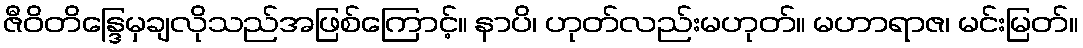
ဇီဝိတိန္ဒြေမှချလိုသည်အဖြစ်ကြောင့်။ နာပိ၊ ဟုတ်လည်းမဟုတ်။ မဟာရာဇ၊ မင်းမြတ်။